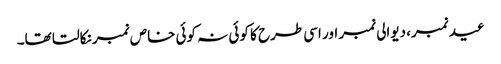
عید نمبر، دیوالی نمبر اور اسی طرح کا کوئی نہ کوئی خاص نمبر نکالتا تھا۔